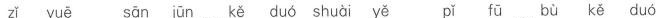
zǐ yuē sān jūn kě duó shuài yě pǐ fū bù kě duó